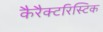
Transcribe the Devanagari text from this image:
कैरैक्टरिस्टिक